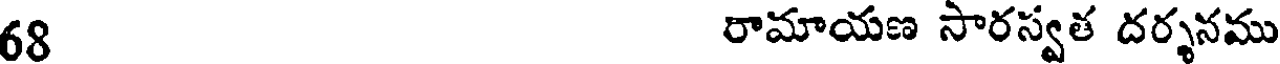
68 రామాయణ సారస్వత దర్శనము